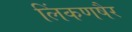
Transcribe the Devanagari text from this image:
लिंकणषैर